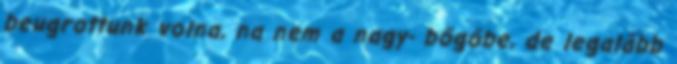
beugrottunk volna, na nem a nagy- bőgőbe, de legalább